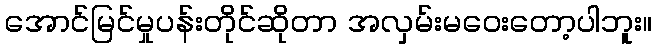
အောင်မြင်မှုပန်းတိုင်ဆိုတာ အလှမ်းမဝေးတော့ပါဘူး။